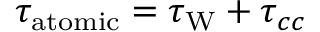
\tau _ { \mathrm { a t o m i c } } = \tau _ { \mathrm { W } } + \tau _ { c c }